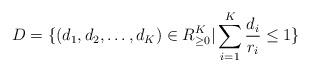
LaTeX: \begin{align*} D=\{(d_1,d_2,\ldots,d_K)\in R_{\geq 0}^K| \sum_{i=1}^K\frac{d_i}{r_i}\leq 1\}\end{align*}